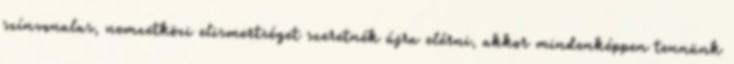
színvonalas, nemzetközi elismertséget szeretnék újra elérni, akkor mindenképpen tennünk